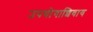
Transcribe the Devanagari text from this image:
उपयोगाशिवाय